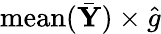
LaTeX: \mathrm{mean}(\bar{\mathbf Y})\times\hat{g}